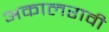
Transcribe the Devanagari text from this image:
अकालरावी